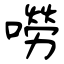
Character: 嘮